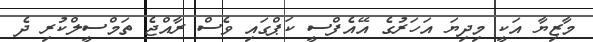
މާޒިޔާ އަކީ މިދިޔަ އަހަރުގެ އޭއެފްސީ ކަޕްގައި ވެސް ރާއްޖެ ތަމްސީލްކުރި ދެ